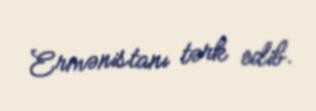
Ermənistanı tərk edib.